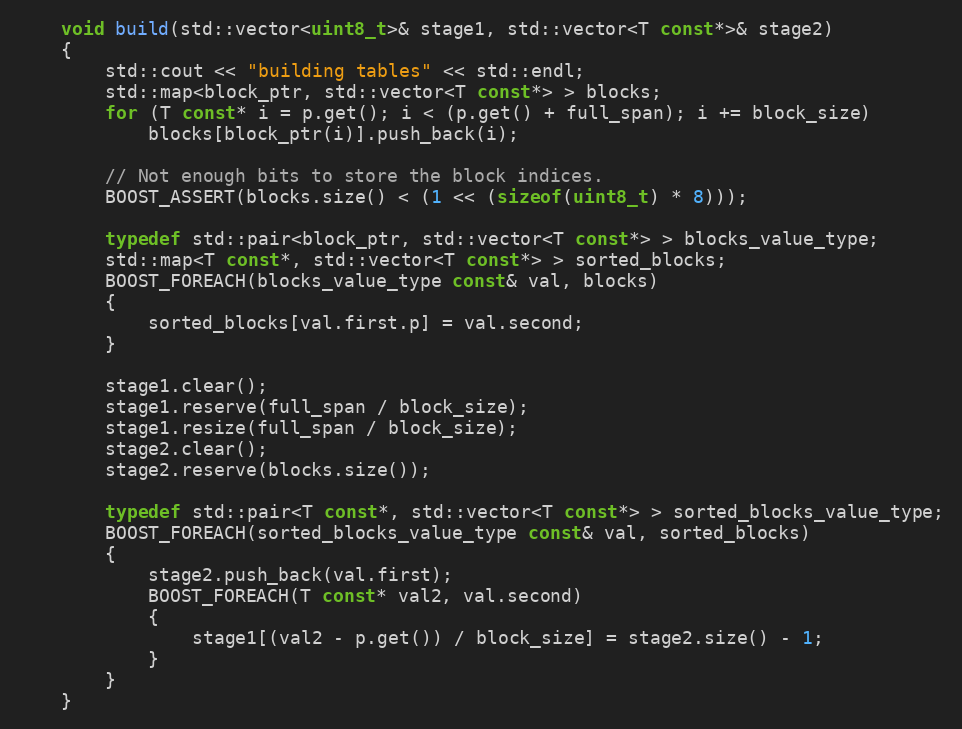
Language: C++
    void build(std::vector<uint8_t>& stage1, std::vector<T const*>& stage2)
    {
        std::cout << "building tables" << std::endl;
        std::map<block_ptr, std::vector<T const*> > blocks;
        for (T const* i = p.get(); i < (p.get() + full_span); i += block_size)
            blocks[block_ptr(i)].push_back(i);

        // Not enough bits to store the block indices.
        BOOST_ASSERT(blocks.size() < (1 << (sizeof(uint8_t) * 8)));

        typedef std::pair<block_ptr, std::vector<T const*> > blocks_value_type;
        std::map<T const*, std::vector<T const*> > sorted_blocks;
        BOOST_FOREACH(blocks_value_type const& val, blocks)
        {
            sorted_blocks[val.first.p] = val.second;
        }

        stage1.clear();
        stage1.reserve(full_span / block_size);
        stage1.resize(full_span / block_size);
        stage2.clear();
        stage2.reserve(blocks.size());

        typedef std::pair<T const*, std::vector<T const*> > sorted_blocks_value_type;
        BOOST_FOREACH(sorted_blocks_value_type const& val, sorted_blocks)
        {
            stage2.push_back(val.first);
            BOOST_FOREACH(T const* val2, val.second)
            {
                stage1[(val2 - p.get()) / block_size] = stage2.size() - 1;
            }
        }
    }